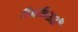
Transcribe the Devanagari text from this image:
विभक्तिसाठी